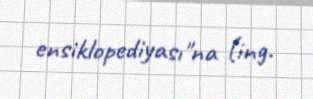
ensiklopediyası"na (ing.